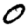
Digit: 0